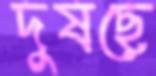
দুষছে